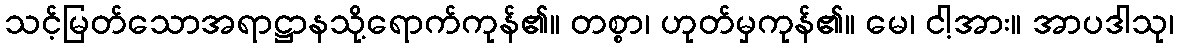
သင့်မြတ်သောအရာဋ္ဌာနသို့ရောက်ကုန်၏။ တစ္စာ၊ ဟုတ်မှကုန်၏။ မေ၊ ငါ့အား။ အာပဒါသု၊